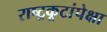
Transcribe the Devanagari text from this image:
राष्ट्रकूटांपेक्षा